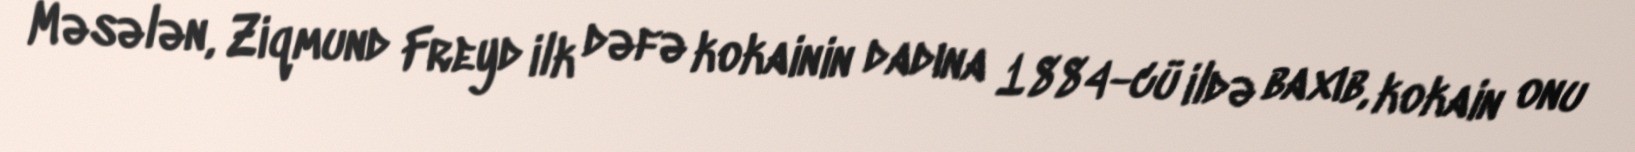
Məsələn, Ziqmund Freyd ilk dəfə kokainin dadına 1884-cü ildə baxıb, kokain onu